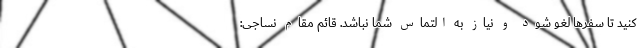
کنید تا سفرها لغو شود و نیاز به التماس شما نباشد. قائم مقام نساجی: